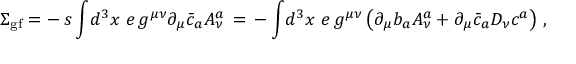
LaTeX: \Sigma _ { \mathrm { g f } } = - \, s \, \displaystyle { \int } d ^ { 3 } x \, \, e \, g ^ { \mu \nu } \partial _ { \mu } \bar { c } _ { a } A _ { \nu } ^ { a } \, = \, - \, \displaystyle { \int } d ^ { 3 } x \, \, e \, g ^ { \mu \nu } \left( \partial _ { \mu } b _ { a } A _ { \nu } ^ { a } + \partial _ { \mu } \bar { c } _ { a } D _ { \nu } c ^ { a } \right) \, ,